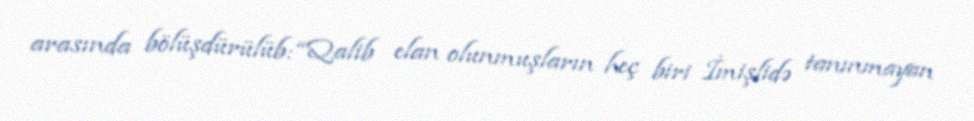
arasında bölüşdürülüb: “Qalib elan olunmuşların heç biri İmişlidə tanınmayan